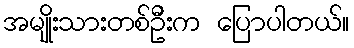
အမျိုးသားတစ်ဦးက ပြောပါတယ်။